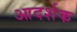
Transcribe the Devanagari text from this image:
आदर्शक